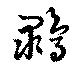
＊